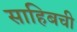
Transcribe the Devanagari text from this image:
साहिबची